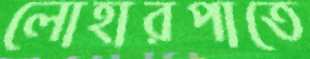
লোহারপাতে